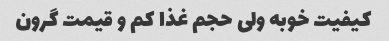
کیفیت خوبه ولی حجم غذا کم و قیمت گرون